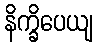
နိက္ခိပေယျ